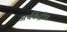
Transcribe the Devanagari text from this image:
अर्थकेंद्रीत